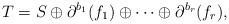
LaTeX: \begin{align*}T=S\oplus\partial^{b_1}(f_1)\oplus\cdots\oplus\partial^{b_r}(f_r),\end{align*}